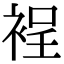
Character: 裎